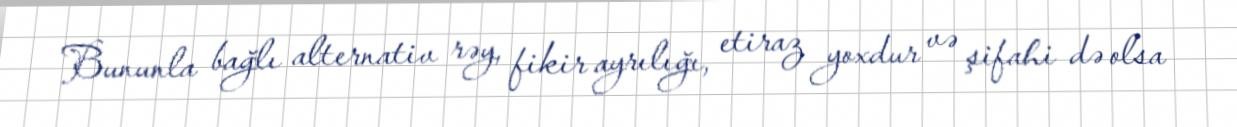
Bununla bağlı alternativ rəy, fikir ayrılığı, etiraz yoxdur və şifahi də olsa